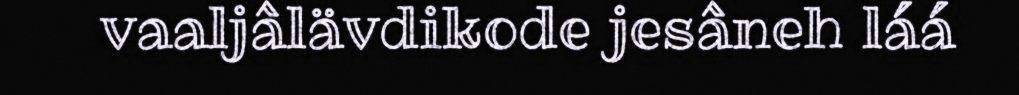
vaaljâlävdikode jesâneh láá